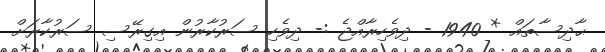
ޙާދިސާތައް * 1940 - ދިވެހިރާއްޖެ :- ދިވެހި ސަރުކާރުން އިގިރޭސި ސަރުކާރަށް